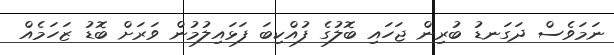
ނަމަވެސް ދަގަނޑު ބުރިން ޖަހައި ބޮލުގެ ފުއްކިބަ ފަޅައިލުމުން ވަރަށް ބޮޑު ޒަހަމެއް